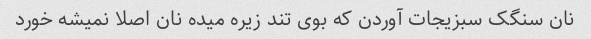
نان سنگک سبزیجات آوردن که بوی تند زیره میده نان اصلا نمیشه خورد